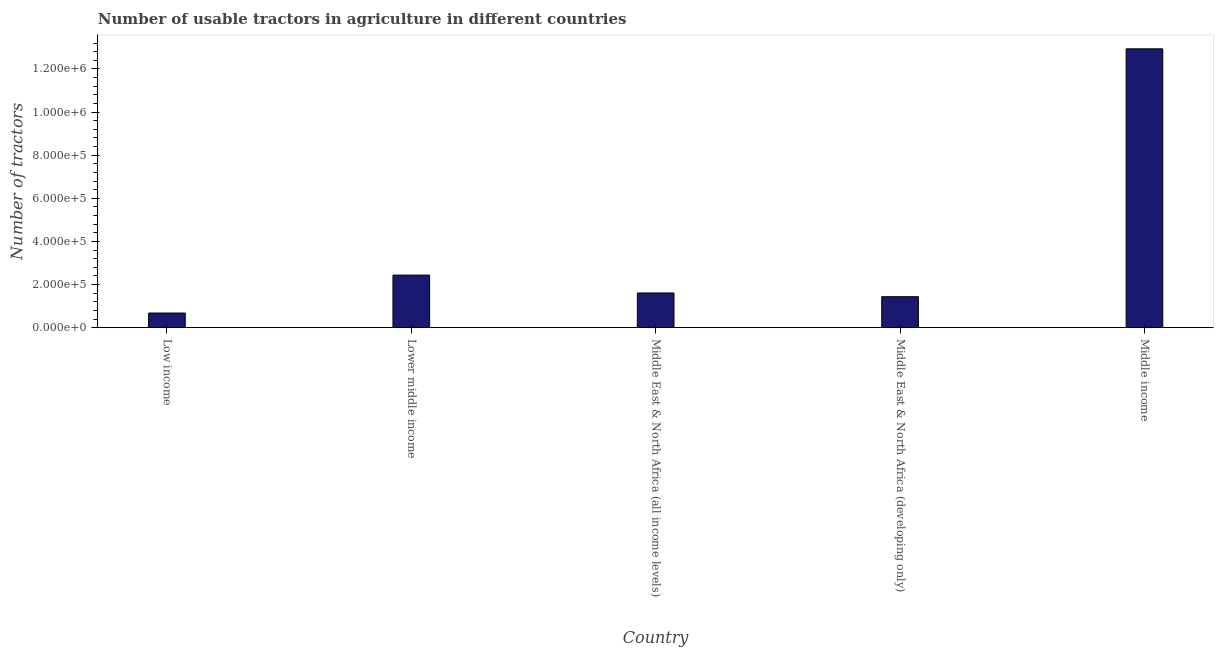
| Country | Agricultural machinery |
 | --- | --- |
 | Low income | 6.78e+04 |
 | Lower middle income | 2.44e+05 |
 | Middle East & North Africa (all income levels) | 1.61e+05 |
 | Middle East & North Africa (developing only) | 1.44e+05 |
 | Middle income | 1.29e+06 |